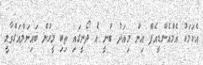
އެކަމަކު އެމްއެންޑީއެފް އިން މިއަދު ބުނީ އެ ދޯނީގައި ތިބި މީހުން ބައިނަލްއަގްވާމީ